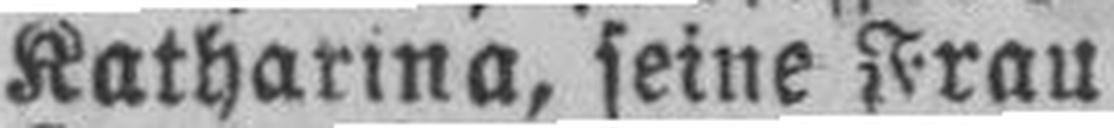
Katharina, seine Frau